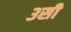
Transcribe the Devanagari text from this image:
३सी